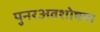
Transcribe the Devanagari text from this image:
पुनरअवशोषण